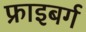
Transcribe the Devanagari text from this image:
फ्राइबर्ग